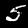
Label: 5